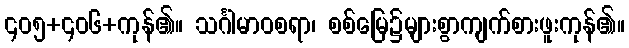
၄၀၅+၄၀၆+ကုန်၏။ သင်္ဂါမာဝစရာ၊ စစ်မြေ၌များစွာကျက်စားဖူးကုန်၏။